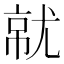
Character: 𡯶